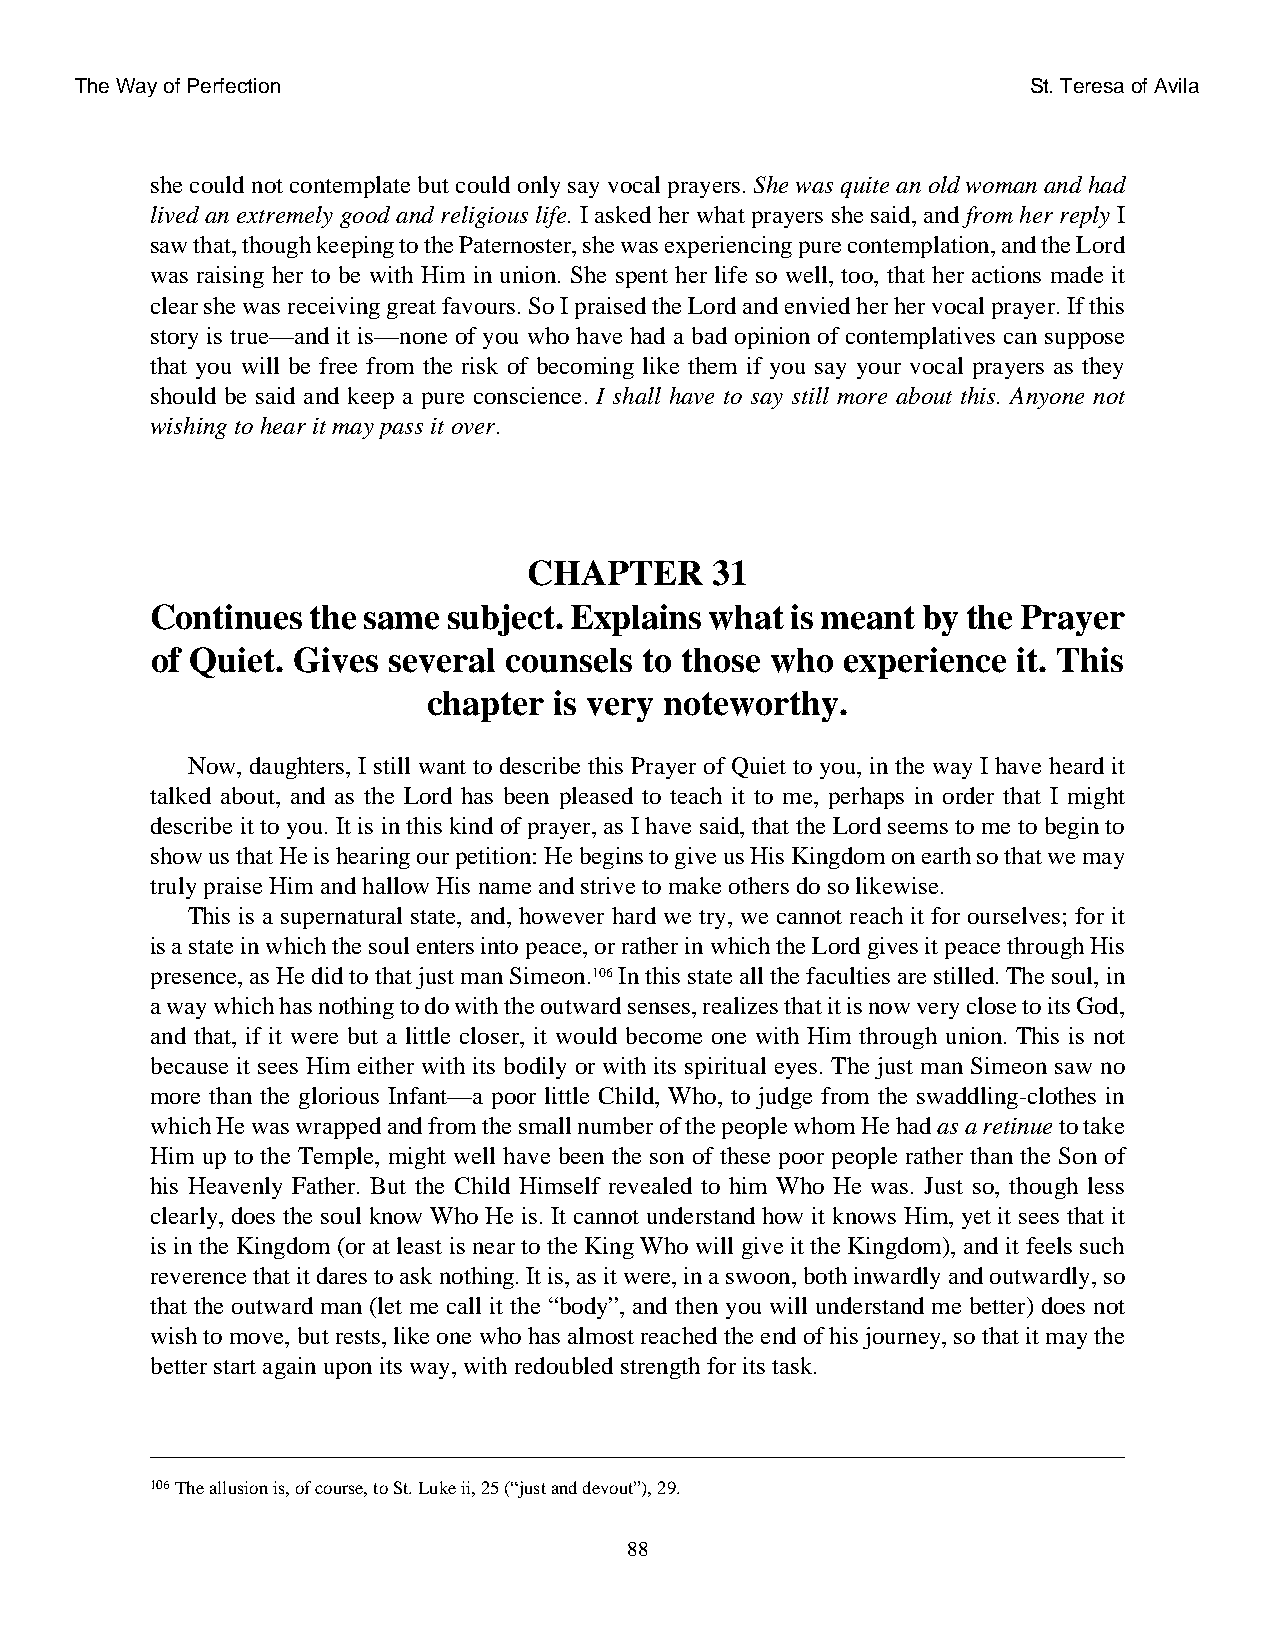
The Way of Perfection                                          St. Teresa of Avila
 she could not contemplate but could only say vocal prayers. She was quite an old woman and had
 lived an extremely good and religious life. I asked her what prayers she said, and from her reply I
 saw that, though keeping to the Paternoster, she was experiencing pure contemplation, and the Lord
 was raising her to be with Him in union. She spent her life so well, too, that her actions made it
 clear she was receiving great favours. So I praised the Lord and envied her her vocal prayer. If this
 story is true—and it is—none of you who have had a bad opinion of contemplatives can suppose
 that you will be free from the risk of becoming like them if you say your vocal prayers as they
 should be said and keep a pure conscience. I shall have to say still more about this. Anyone not
 wishing to hear it may pass it over.
 CHAPTER     31
 Continues  the same subject. Explains what is meant by the Prayer
 of Quiet. Gives several counsels to those who experience it. This
 chapter  is very noteworthy.
 Now, daughters, I still want to describe this Prayer of Quiet to you, in the way I have heard it
 talked about, and as the Lord has been pleased to teach it to me, perhaps in order that I might
 describe it to you. It is in this kind of prayer, as I have said, that the Lord seems to me to begin to
 show us that He is hearing our petition: He begins to give us His Kingdom on earth so that we may
 truly praise Him and hallow His name and strive to make others do so likewise.
 This is a supernatural state, and, however hard we try, we cannot reach it for ourselves; for it
 is a state in which the soul enters into peace, or rather in which the Lord gives it peace through His
 presence, as He did to that just man Simeon.106 In this state all the faculties are stilled. The soul, in
 a way which has nothing to do with the outward senses, realizes that it is now very close to its God,
 and that, if it were but a little closer, it would become one with Him through union. This is not
 because it sees Him either with its bodily or with its spiritual eyes. The just man Simeon saw no
 more than the glorious Infant—a poor little Child, Who, to judge from the swaddling-clothes in
 which He was wrapped and from the small number of the people whom He had as a retinue to take
 Him up to the Temple, might well have been the son of these poor people rather than the Son of
 his Heavenly Father. But the Child Himself revealed to him Who He was. Just so, though less
 clearly, does the soul know Who He is. It cannot understand how it knows Him, yet it sees that it
 is in the Kingdom (or at least is near to the King Who will give it the Kingdom), and it feels such
 reverence that it dares to ask nothing. It is, as it were, in a swoon, both inwardly and outwardly, so
 that the outward man (let me call it the “body”, and then you will understand me better) does not
 wish to move, but rests, like one who has almost reached the end of his journey, so that it may the
 better start again upon its way, with redoubled strength for its task.
 106The allusion is, of course, to St. Luke ii, 25 (“just and devout”), 29.
 88